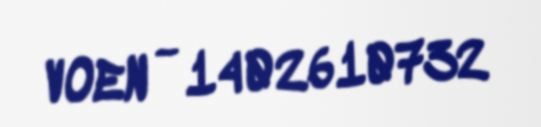
VOEN - 1402610732